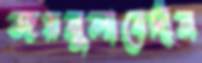
জয়নুলাবেদীন